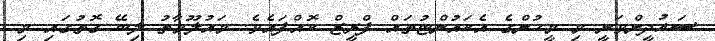
ސައުދީންވަނީ މި މީހުންގެ އެކައުންޓުތައް ފްރީޒް ކޮއްފައެވެ. މައުލޫމާތު ލިބޭ ގޮތުގައި މި